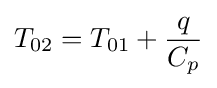
T_{02}=T_{01}+{\frac {q}{C_{p}}}